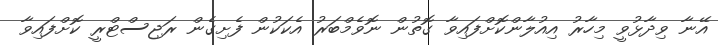
އޭނާ ވިދާޅުވީ މިހާރު އިއުލާންކޮށްފައިވާ ގޮތުން ނޮވެމްބަރު އެކަކުން ފެށިގެން ރަޖިސްޓްރީ ކޮށްފައިވާ